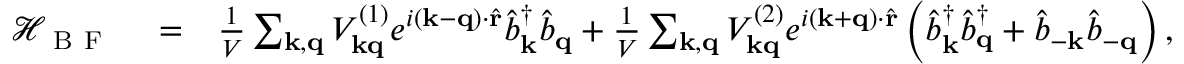
\begin{array} { r l r } { \mathcal { H } _ { \mathrm { ~ B ~ F ~ } } } & { { } = } & { \frac { 1 } { V } \sum _ { \mathbf { k , q } } V _ { \mathbf { k q } } ^ { ( 1 ) } e ^ { i \left( \mathbf { k - q } \right) \cdot \hat { \mathbf { r } } } \hat { b } _ { \mathbf { k } } ^ { \dagger } \hat { b } _ { \mathbf { q } } + \frac { 1 } { V } \sum _ { \mathbf { k , q } } V _ { \mathbf { k q } } ^ { ( 2 ) } e ^ { i \left( \mathbf { k + q } \right) \cdot \hat { \mathbf { r } } } \left( \hat { b } _ { \mathbf { k } } ^ { \dagger } \hat { b } _ { \mathbf { q } } ^ { \dagger } + \hat { b } _ { \mathbf { - k } } \hat { b } _ { \mathbf { - q } } \right) , } \end{array}